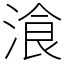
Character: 湌